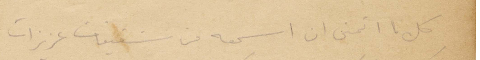
كل ما أتمنى ان اسمعه من شقيقات عزيزات